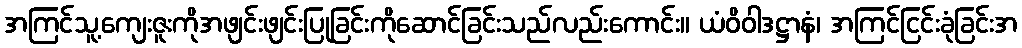
အကြင်သူ့ကျေးဇူးကိုအဖျင်းဖျင်းပြုခြင်းကိုဆောင်ခြင်းသည်လည်းကောင်း။ ယံဝိဝါဒဋ္ဌာနံ၊ အကြင်ငြင်းခုံခြင်းအ